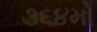
૩૬૪મો